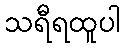
သရီရထူပါ